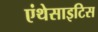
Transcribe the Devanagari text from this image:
एंथेसाइटिस